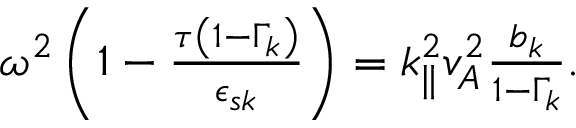
\begin{array} { r } { \omega ^ { 2 } \left( 1 - \frac { \tau \left( 1 - \Gamma _ { k } \right) } { \epsilon _ { s { k } } } \right) = k _ { \parallel } ^ { 2 } v _ { A } ^ { 2 } \frac { b _ { k } } { 1 - \Gamma _ { k } } . } \end{array}